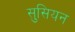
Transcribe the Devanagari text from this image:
सुसियन